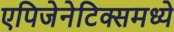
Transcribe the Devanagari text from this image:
एपिजेनेटिक्समध्ये